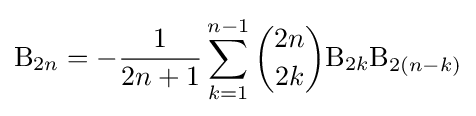
\mathrm {B} _{2n}=-{\frac {1}{2n+1}}\sum _{k=1}^{n-1}{\binom {2n}{2k}}\mathrm {B} _{2k}\mathrm {B} _{2(n-k)}